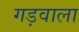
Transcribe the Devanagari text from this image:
गड़वाला